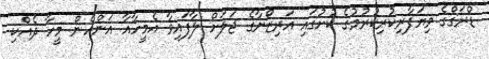
ޑްރަގްގެ ވިޔަފާރިކުރިކުރުމުގެ ކުށުގައި އަރިޒޯނާގެ ޖަލަށް ލާފައިވާ އެމީހާއާ އަންހެން މީހާ ދެއްކި